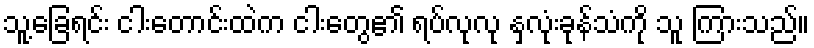
သူ့ခြေရင်း ငါးတောင်းထဲက ငါးတွေ၏ ရပ်လုလု နှလုံးခုန်သံကို သူ ကြားသည်။